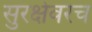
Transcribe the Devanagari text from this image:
सुरक्षेवरच